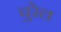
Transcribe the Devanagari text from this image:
चुरेल